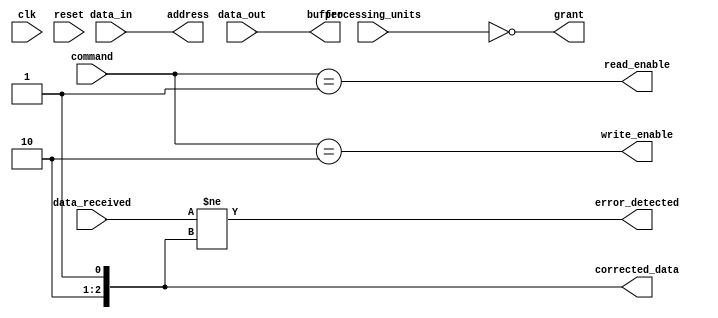
module memory_controller (
    input wire clk,
    input wire reset,
    // Command decoder signals
    input wire [3:0] command,
    output wire read_enable,
    output wire write_enable,
    // Address generator signals
    input wire [15:0] data_in,
    output wire [15:0] address,
    // Data buffer signals
    input wire [15:0] data_out,
    output wire [15:0] buffer,
    // Arbitration logic signals
    input wire [1:0] processing_units,
    output wire grant,
    // Error detection and correction signals
    input wire [15:0] data_received,
    output wire error_detected,
    output wire [15:0] corrected_data
);

// Command decoder
assign read_enable = (command == 4'h1);
assign write_enable = (command == 4'h2);

// Address generator
assign address = data_in;

// Data buffer
assign buffer = data_out;

// Arbitration logic
assign grant = (processing_units == 2'b00);

// Error detection and correction
assign error_detected = (data_received != corrected_data);

endmodule